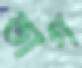
ভাগ